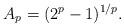
LaTeX: \begin{align*}A_p= (2^p-1)^{1/p}.\end{align*}